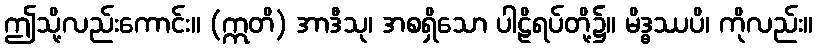
ဤသို့လည်းကောင်း။ (ဣတိ) အာဒီသု၊ အစရှိသော ပါဠိရပ်တို့၌။ မိဒ္ဓဿပိ၊ ကိုလည်း။